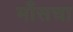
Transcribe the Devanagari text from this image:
माँसचा